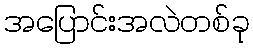
အပြောင်းအလဲတစ်ခု